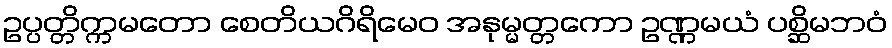
ဥပ္ပတ္တိက္ကမတော စေတိယဂိရိမေဝ အနုမ္မတ္တကော ဥဏ္ဏမယံ ပစ္ဆိမဘဝံ